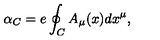
\alpha _ { C } = e \oint _ { C } A _ { \mu } ( x ) d x ^ { \mu } ,